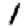
Digit: 1